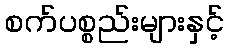
စက်ပစ္စည်းများနှင့်